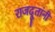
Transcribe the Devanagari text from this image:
राजदूतांनी